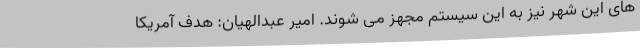
های این شهر نیز به این سیستم مجهز می شوند. امیر عبدالهیان: هدف آمریکا